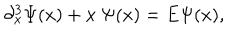
LaTeX: \partial _ { x } ^ { 3 } \Psi ( x ) + x \ \Psi ( x ) = E \Psi ( x ) ,